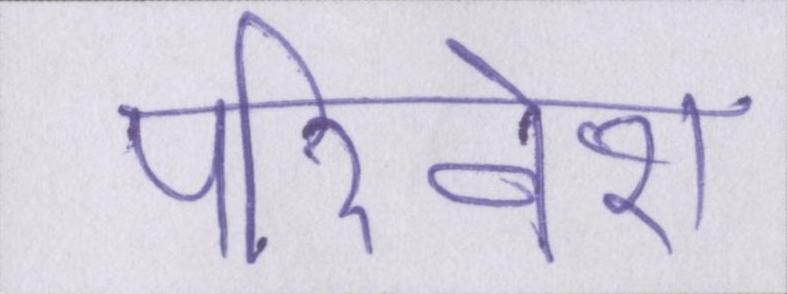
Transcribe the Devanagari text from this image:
परिवेश